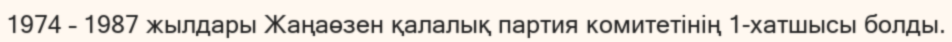
1974 – 1987 жылдары Жаңаөзен қалалық партия комитетінің 1-хатшысы болды.